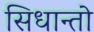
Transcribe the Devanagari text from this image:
सिधान्तो